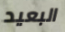
البعيد